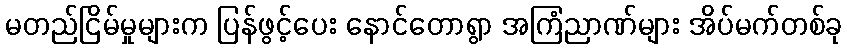
မတည်ငြိမ်မှုများက ပြန်ဖွင့်ပေး နောင်တောရွာ အကြံညာဏ်များ အိပ်မက်တစ်ခု